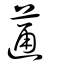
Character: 蓪